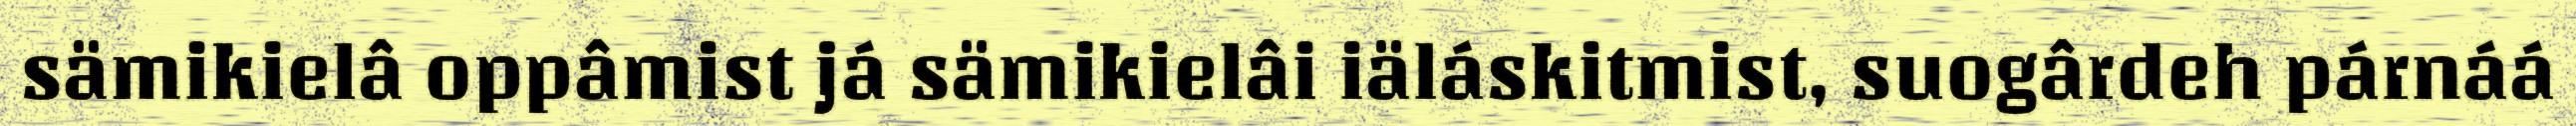
sämikielâ oppâmist já sämikielâi iäláskitmist, suogârdeh párnáá